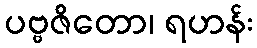
ပဗ္ဗဇိတော၊ ရဟန်း